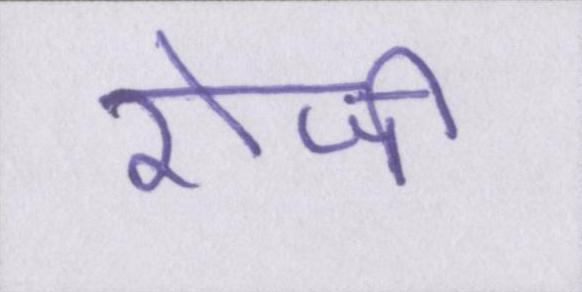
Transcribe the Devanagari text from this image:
रोजी